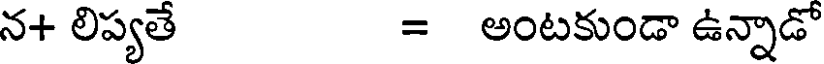
న+ లిప్యతే = అంటకుండా ఉన్నాడో